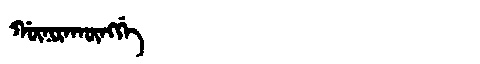
Manchu: ᡤᡡᠨᡳᡵᠠᡴᡡᠩᡤᡝ
Romanization: GŪNIRAKŪNGGE